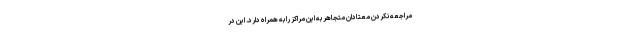
مراجعه نکردن معتادان متجاهر به این مراکز را به همراه دارد. این در